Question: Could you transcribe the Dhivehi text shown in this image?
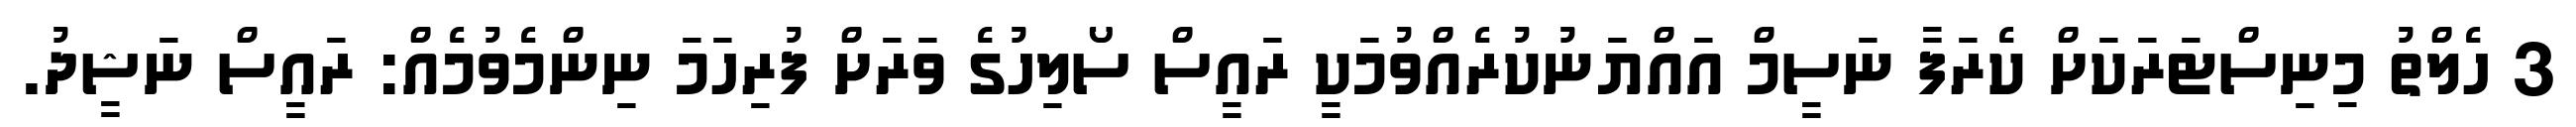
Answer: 3 ހެލްތު މިނިސްޓަރަކަށް ކެރަފާ ނަސީމް އައްޔަނުކުރެއްވުމަކީ ރައީސް ސޯލިހުގެ ވަރަށް ފުރިހަމަ ނިންމެވުމެއް: ރައީސް ނަޝީދު.